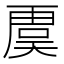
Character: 𮓥